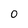
Character: 0